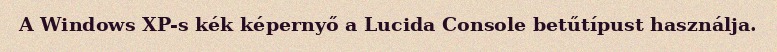
A Windows XP-s kék képernyő a Lucida Console betűtípust használja.